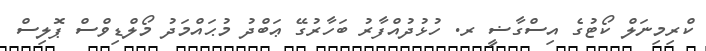
ކްރިމިނަލް ކޯޓުގެ އިސްގާޟީ ރ. ހުޅުދުއްފާރު ބަހާރުގޭ ޢަބްދު މުޙައްމަދު މޯލްޑިވްސް ޕޮލިސް